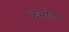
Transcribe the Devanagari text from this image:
कनीराम